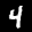
Label: 4